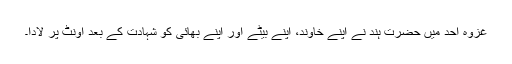
غزوۂ اُحُد میں حضرت ہِند نے اپنے خاوند، اپنے بیٹے اور اپنے بھائی کو شہادت کے بعد اونٹ پر لادا۔